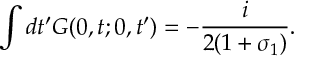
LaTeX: \int d t ^ { \prime } G ( 0 , t ; 0 , t ^ { \prime } ) = - \frac { i } { 2 ( 1 + \sigma _ { 1 } ) } .